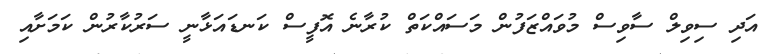
އަދި ސިވިލް ސާވިސް މުވައްޒަފުން މަސައްކަތް ކުރާނެ އޮފީސް ކަނޑައަޅާނީ ސަރުކާރުން ކަމަށާއި